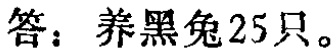
答：养黑兔25只。